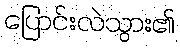
ပြောင်းလဲသွား၏